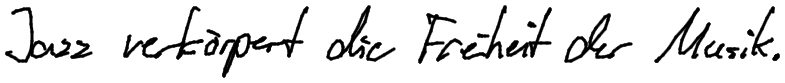
Jazz verkörpert die Freiheit der Musik.